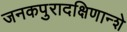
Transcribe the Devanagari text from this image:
जनकपुरादक्षिणान्शे